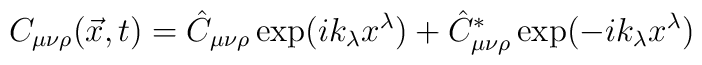
C_{\mu \nu \rho} (\vec{x},t) =   \hat{C}_{\mu \nu \rho} \exp(ik_\lambda x^\lambda) +     \hat{C}^{*}_{\mu \nu \rho} \exp(-ik_\lambda x^\lambda)